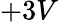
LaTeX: +3V